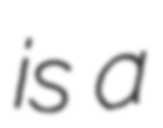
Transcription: is a